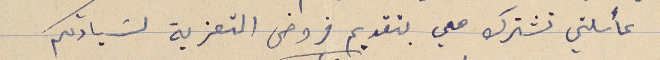
عائلتي تشترك معي بتقديم فروض التعزية لسَيادتكم